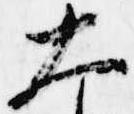
大